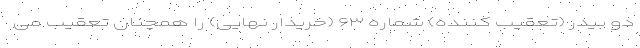
دو بیدر (تعقیب کننده) شماره ۶۳ (خریدار نهایی) را همچنان تعقیب می